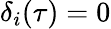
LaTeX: \delta_{i}(\tau)=0